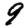
Digit: 9